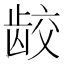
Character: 𫜪